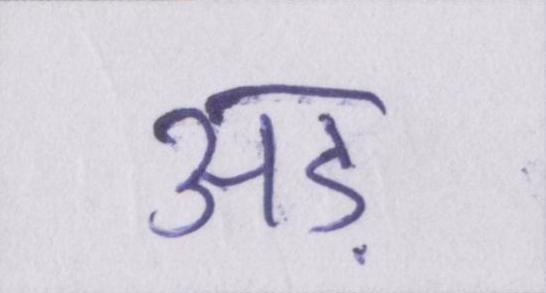
अड़